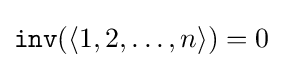
{\mathtt {inv}}(\langle 1,2,\dots ,n\rangle )=0